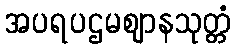
အပရပဌမဈာနသုတ္တံ